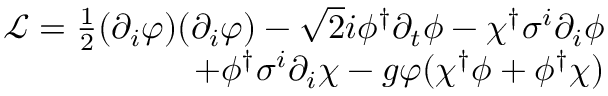
\begin{array} { r } { \mathcal { L } = \frac { 1 } { 2 } ( \partial _ { i } \varphi ) ( \partial _ { i } \varphi ) - \sqrt { 2 } i \phi ^ { \dagger } \partial _ { t } \phi - \chi ^ { \dagger } \sigma ^ { i } \partial _ { i } \phi } \\ { + \phi ^ { \dagger } \sigma ^ { i } \partial _ { i } \chi - g \varphi ( \chi ^ { \dagger } \phi + \phi ^ { \dagger } \chi ) } \end{array}